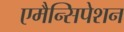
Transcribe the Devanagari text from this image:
एमैन्सिपेशन